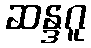
ဆန္ဒဂူ